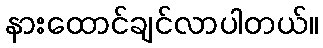
နားထောင်ချင်လာပါတယ်။